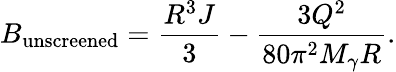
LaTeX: B_{\mathrm{unscreened}}=\frac{R^{3}J}{3}-\frac{3Q^{2}}{80\pi^{2}M_{\gamma}R}.